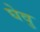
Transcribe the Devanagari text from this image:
घेवु